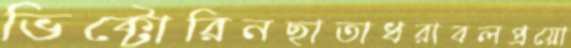
ভিক্টোরিনছাতাধরাবলপ্রয়ো